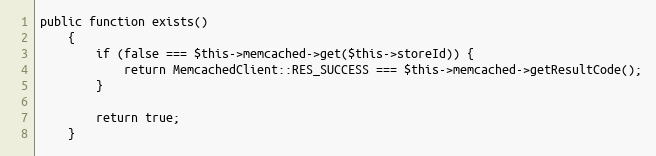
Language: PHP
public function exists()
    {
        if (false === $this->memcached->get($this->storeId)) {
            return MemcachedClient::RES_SUCCESS === $this->memcached->getResultCode();
        }

        return true;
    }